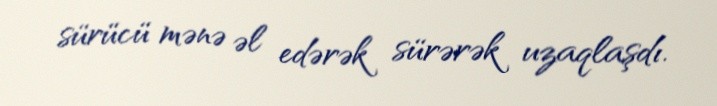
sürücü mənə əl edərək sürərək uzaqlaşdı.